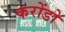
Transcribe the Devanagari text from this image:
करोंडो